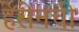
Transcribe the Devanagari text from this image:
हेसेनची